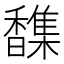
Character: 𫘂